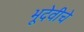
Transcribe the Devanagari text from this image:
भूदेवीचे